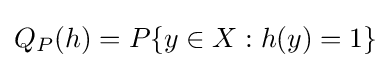
Q_{P}(h)=P\{y\in X:h(y)=1\}